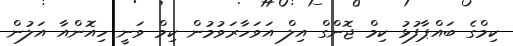
ކިމްގެ ބައްޕާފުޅު ކިމް ޖޮންގް އިލް އަވަހާރަވުމުން ކިމް ވަނީ ހިއޮންއާ އަލުން